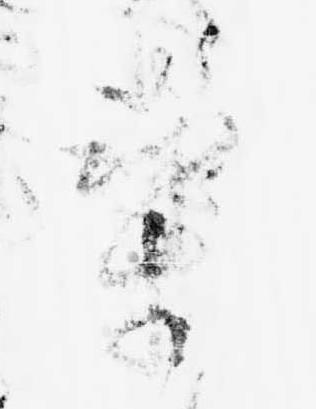
気